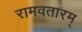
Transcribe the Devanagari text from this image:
रामवतारम्‌